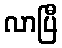
လာပြီ